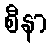
စီနာ